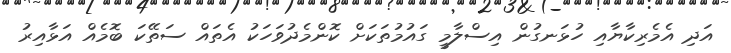
އަދި އެމެރިކާޔާއި ހުޅަނގުން އިސްލާމީ ގައުމުތަކަށް ކޮންމެދުވަހަކު އެތައް ސަތޭކަ ބޮމެއް އަޅާއިރު